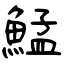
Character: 鯭